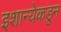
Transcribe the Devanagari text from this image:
इशान्येकडून